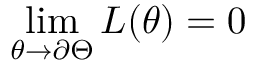
\operatorname* { l i m } _ { \theta \to \partial \Theta } L ( \theta ) = 0